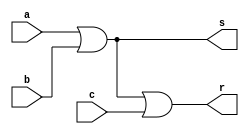
// Nome: Rayan Darwin

// UMA SAIDA, NAO DUAS !

module orgate(output s, output r, input a, input b, input c);
 assign s = (a | b);
 assign r = (s | c);
endmodule

module teste;
 reg x,y,w;
 wire z,t;
 
 orgate OR1 (z,t,x,y,w);
 
 initial begin
  x=0; y=0; w=0;
  $display("Teste\nx y w t");
  $monitor("%b %b %b %b",x,y,w,t);
  
  #1 x=0; y=0; w=1;
  #1 x=0; y=1; w=0;
  #1 x=0; y=1; w=1;
  #1 x=1; y=0; w=0;
  #1 x=1; y=0; w=1;
  #1 x=1; y=1; w=0;
  #1 x=1; y=1; w=1;
 end
 
endmodule